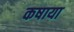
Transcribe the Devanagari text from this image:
कषाया